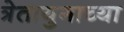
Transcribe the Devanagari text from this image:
त्रेतायुगाच्या